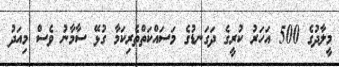
މީލާދުގެ 500 އަހަރު ކުރީގެ ދަގަނޑުގެ މަސައްކަތްތެރިކަމާ ގުޅޭ ސާމާނު ވެސް މިއަދު